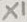
Text: X1